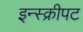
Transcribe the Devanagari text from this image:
इन्स्क्रीपट